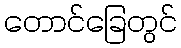
တောင်ခြေတွင်